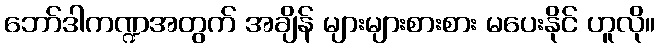
ဘော်ဒါကဏ္ဍအတွက် အချိန် များများစားစား မပေးနိုင် ဟူလို။